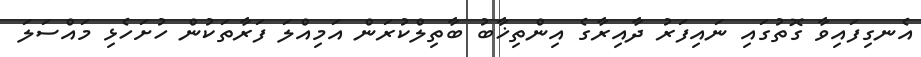
އެނގިފައިވާ ގޮތުގައި ނައިފަރު ދާއިރާގެ އިންތިޚާބު ބާތިލްކުރަން އަމިއްލަ ފަރާތަކުން ހުށަހެޅި މައްސަލަ